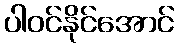
ပါဝင်နိုင်အောင်